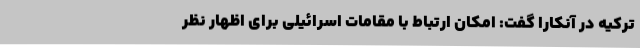
ترکیه در آنکارا گفت: امکان ارتباط با مقامات اسرائیلی برای اظهار نظر